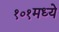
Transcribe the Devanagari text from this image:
१०१मध्ये